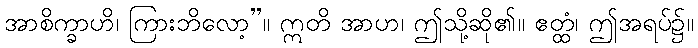
အာစိက္ခာဟိ၊ ကြားဘိလော့”။ ဣတိ အာဟ၊ ဤသို့ဆို၏။ ဧတ္ထံ၊ ဤအရပ်၌။